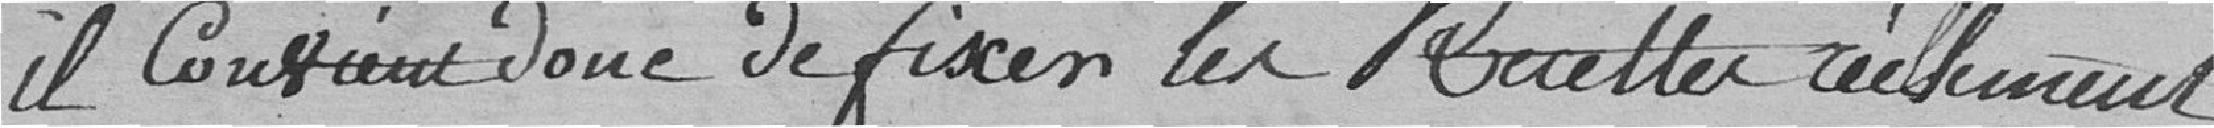
il convient de fixer les recettes réellement